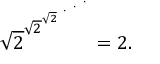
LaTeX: { \sqrt { 2 } } ^ { { \sqrt { 2 } } ^ { { \sqrt { 2 } } ^ { ~ \cdot ^ { ~ \cdot ^ { ~ \cdot } } } } } = 2 .